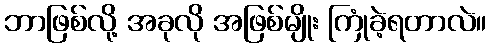
ဘာဖြစ်လို့ အခုလို အဖြစ်မျိုး ကြုံခဲ့ရတာလဲ။